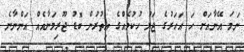
ނަމަ އޭނާއަށް ހަ އަހަރުގެ ޖަލު ހުކުމެއްގެ އިތުރުން ބޮޑު ޖޫރިމަނާއެއް އަންނާނެ